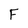
Character: F